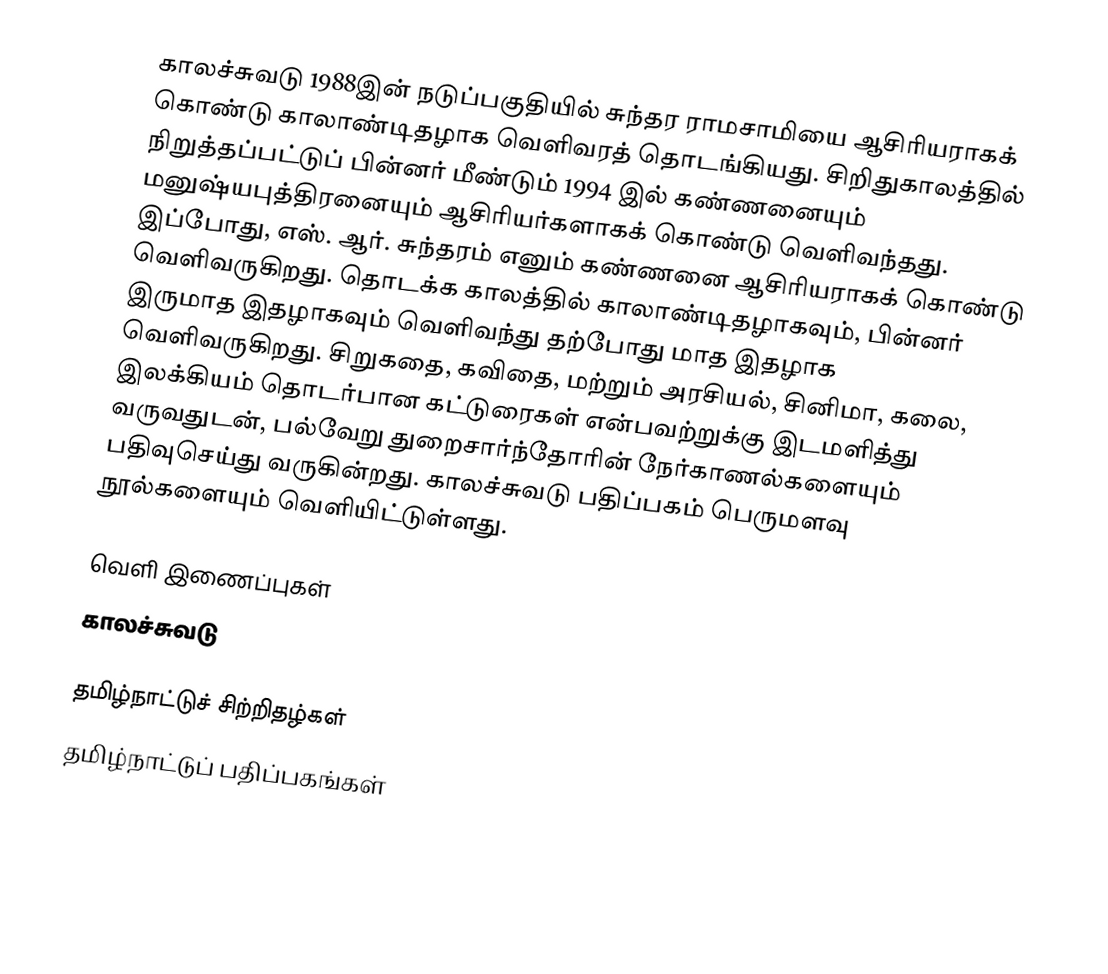
காலச்சுவடு 1988இன் நடுப்பகுதியில் சுந்தர ராமசாமியை ஆசிரியராகக் கொண்டு காலாண்டிதழாக வெளிவரத் தொடங்கியது. சிறிதுகாலத்தில் நிறுத்தப்பட்டுப் பின்னர் மீண்டும் 1994 இல் கண்ணனையும் மனுஷ்யபுத்திரனையும் ஆசிரியர்களாகக் கொண்டு வெளிவந்தது. இப்போது, எஸ். ஆர். சுந்தரம் எனும் கண்ணனை ஆசிரியராகக் கொண்டு வெளிவருகிறது. தொடக்க காலத்தில் காலாண்டிதழாகவும், பின்னர் இருமாத இதழாகவும் வெளிவந்து தற்போது மாத இதழாக வெளிவருகிறது. சிறுகதை, கவிதை, மற்றும் அரசியல், சினிமா, கலை, இலக்கியம் தொடர்பான கட்டுரைகள் என்பவற்றுக்கு இடமளித்து வருவதுடன், பல்வேறு துறைசார்ந்தோரின் நேர்காணல்களையும் பதிவுசெய்து வருகின்றது. காலச்சுவடு பதிப்பகம் பெருமளவு நூல்களையும் வெளியிட்டுள்ளது.

வெளி இணைப்புகள்
 காலச்சுவடு

தமிழ்நாட்டுச் சிற்றிதழ்கள்
தமிழ்நாட்டுப் பதிப்பகங்கள்